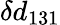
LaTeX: \delta d_{131}